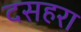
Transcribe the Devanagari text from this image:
दसहरा